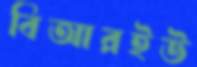
বিআরইউ